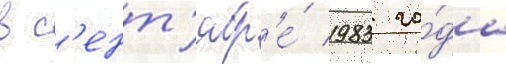
в с'ент'ябр'е́ 1983 го́да